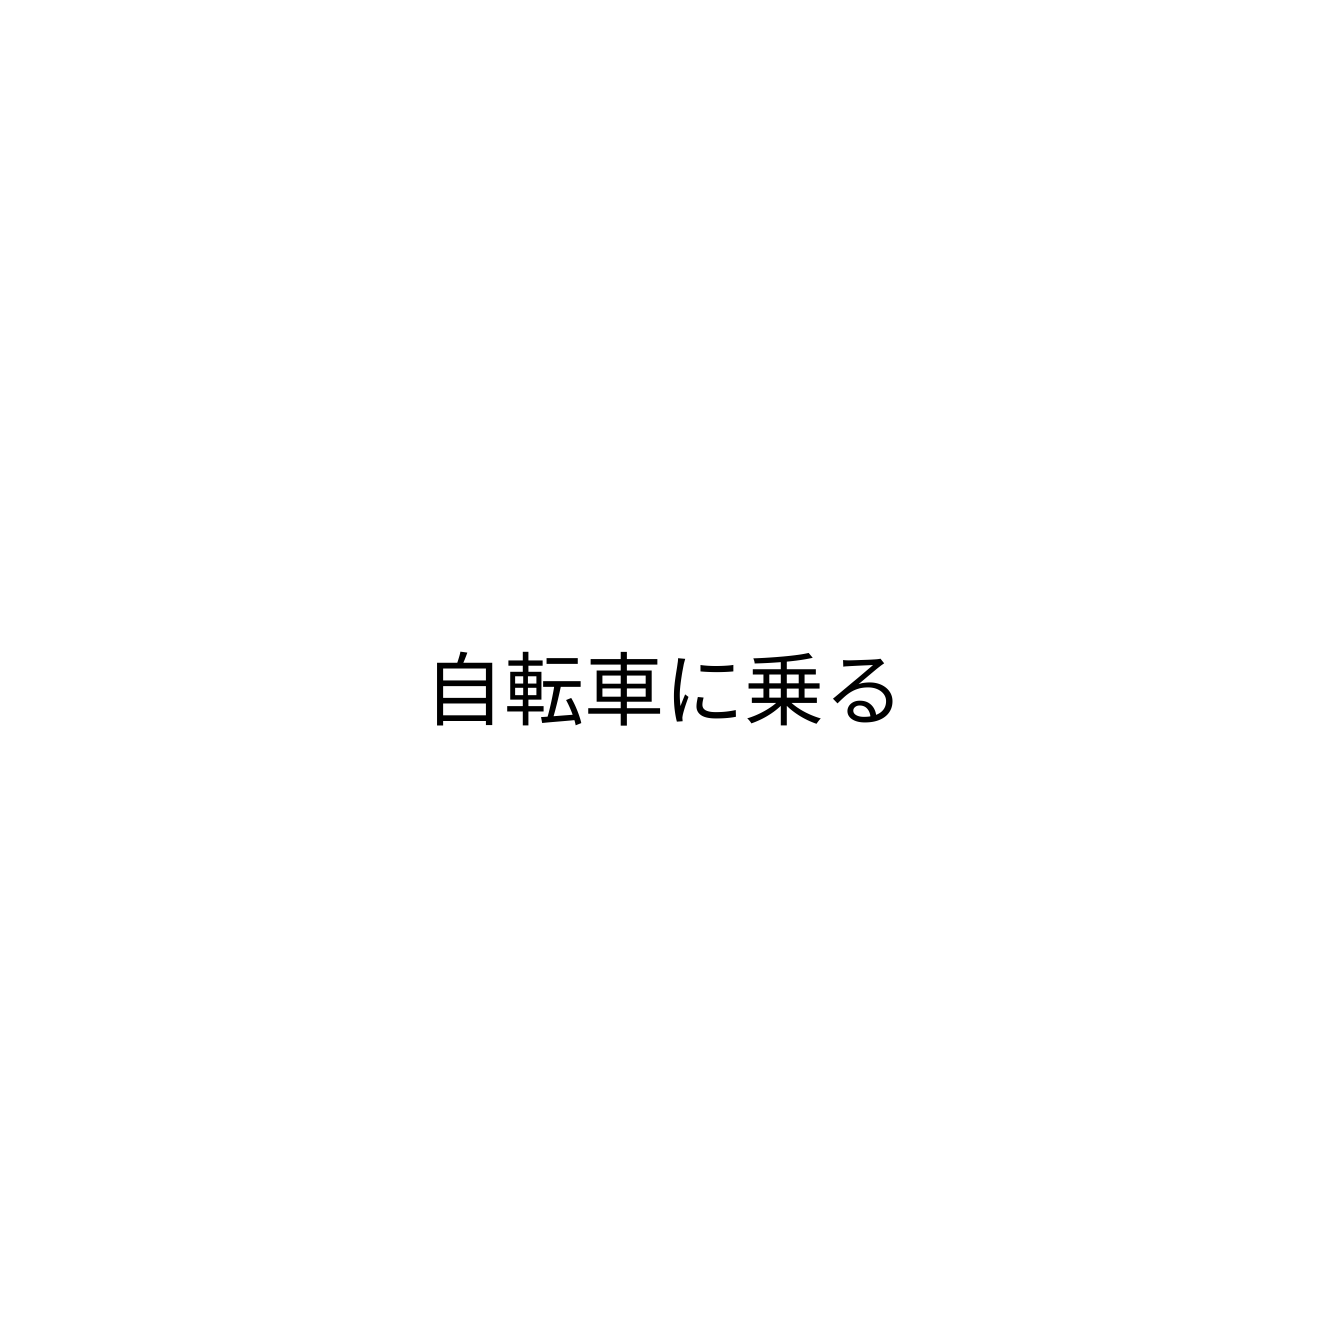
自転車に乗る